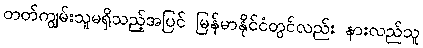
တတ်ကျွမ်းသူမရှိသည့်အပြင် မြန်မာနိုင်ငံတွင်လည်း နားလည်သူ